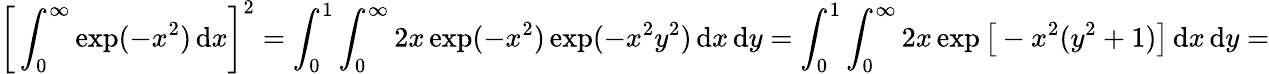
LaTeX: {\biggl[}\int_{0}^{\infty}\exp(-x^{2})\, \mathrm{d}x{\biggr]}^{2}=\int_{0}^{1}\int_{0}^{\infty}2x\exp(-x^{2})\exp(-x^{2}y^{2})\, \mathrm{d}x\, \mathrm{d}y=\int_{0}^{1}\int_{0}^{\infty}2x\exp{\bigl[}-x^{2}(y^{2}+1){\bigr]}\, \mathrm{d}x\, \mathrm{d}y=